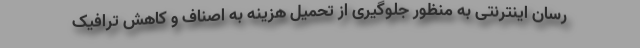
رسان اینترنتی به منظور جلوگیری از تحمیل هزینه به اصناف و کاهش ترافیک